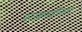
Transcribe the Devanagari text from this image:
पराक्रमहीनता